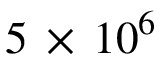
5 \, \times \, 1 0 ^ { 6 }